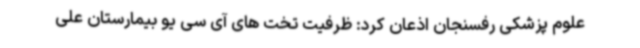
علوم پزشکی رفسنجان اذعان کرد: ظرفیت تخت های آی سی یو بیمارستان علی